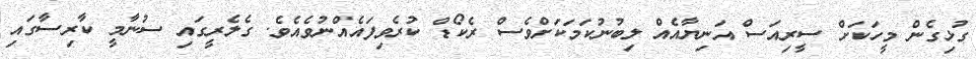
ގުޅިގެން މީހަކަށް ސީރިއަސް އަނިޔާއެއް ލިބުނުކަމަކަށްވެސް ރެކޯޑް ކުރެވިފައެއްނުވެއެވެ. ގެލެރީގައި ސުނާމީ ކާރިސާގައި